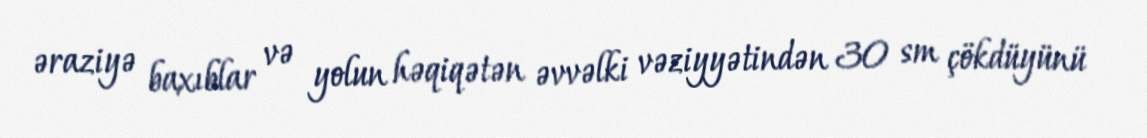
əraziyə baxıblar və yolun həqiqətən əvvəlki vəziyyətindən 30 sm çökdüyünü